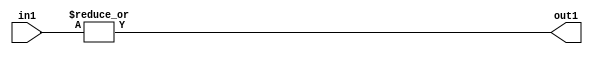
`timescale 1ps / 1ps
/*****************************************************************************
    Verilog RTL Description
    
    
    Created by: Stratus DpOpt 2019.1.01 
*******************************************************************************/

module GaussianFilter_OrReduction_4U_1U_1 (
	in1,
	out1
	); /* architecture "behavioural" */ 
input [3:0] in1;
output  out1;
wire  asc001;

assign asc001 = 
	(|in1);

assign out1 = asc001;
endmodule

/* CADENCE  urfySgE= : u9/ySgnWtBlWxVPRXgAZ4Og= ** DO NOT EDIT THIS LINE ******/